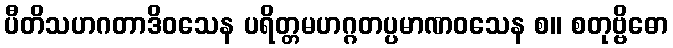
ပီတိသဟဂတာဒိဝသေန ပရိတ္တမဟဂ္ဂတပ္ပမာဏဝသေန စ။ စတုဗ္ဗိဓော